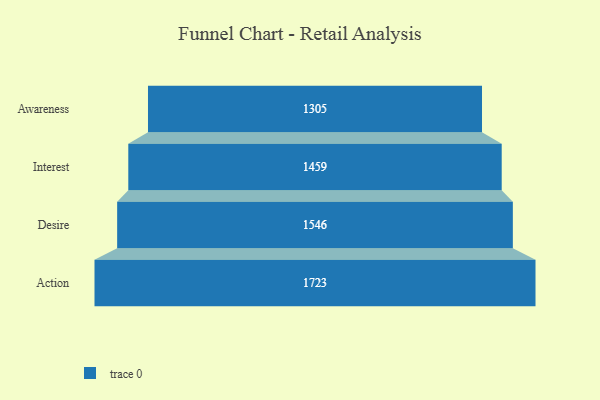
{"axis": {"x": "Stage", "y": "Value"}, "legend": [""], "data": [{"x": "Awareness", "y": 1305.0, "type": ""}, {"x": "Interest", "y": 1459.0, "type": ""}, {"x": "Desire", "y": 1546.0, "type": ""}, {"x": "Action", "y": 1723.0, "type": ""}]}